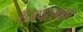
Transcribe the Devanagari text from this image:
राजपटलावर